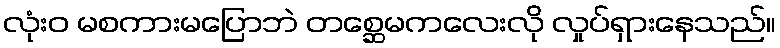
လုံးဝ မစကားမပြောဘဲ တစ္ဆေမကလေးလို လှုပ်ရှားနေသည်။